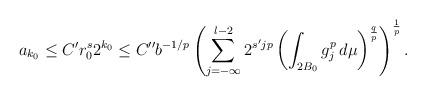
LaTeX: \begin{align*}a_{k_0}\leq C'r_0^s2^{k_0}\leq C''b^{-1/p}\left(\sum_{j=-\infty}^{l-2}2^{s'jp}\left(\int_{2B_0}g_j^p\,d\mu\right)^{\frac{q}{p}}\right)^{\frac{1}{p}}.\end{align*}